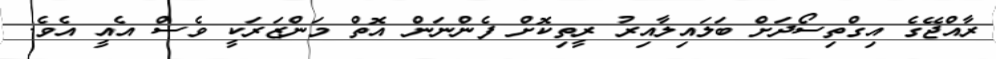
ރާއްޖޭގެ އިގްތިސޯދަށް ބަލައިލާއިރު ރީތިކޮށް ފެންނަން އޮތް މަންޒަރަކީ ވެސް އެއީ އެވެ.